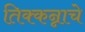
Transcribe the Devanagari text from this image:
तिक्कन्नाचे